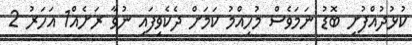
ކުޅުދުއްފުށި ބޮޑު ނަމަވެސް މުހިއްމު ކަމަށް ދެކެވިފައި ނުވާ ރަށެއް1 އަހަރު 2